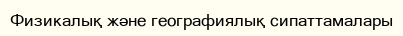
Физикалық және географиялық сипаттамалары